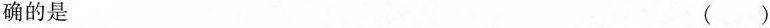
确的是 ( )